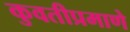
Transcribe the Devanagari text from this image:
कुवतीप्रमाणे